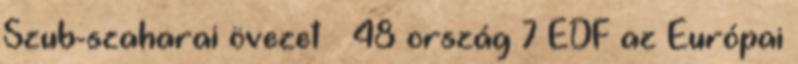
Szub-szaharai övezet – 48 ország 7 EDF az Európai